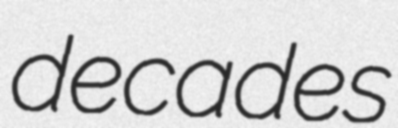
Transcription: decades